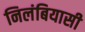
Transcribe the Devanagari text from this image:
निलंबियासी